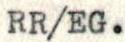
RR/EG.